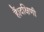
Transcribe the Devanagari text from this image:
हैं।दक्षिणी